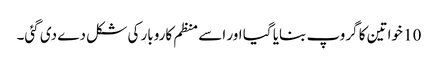
10 خواتین کا گروپ بنایا گیا اور اسے منظم کاروبار کی شکل دے دی گئی۔